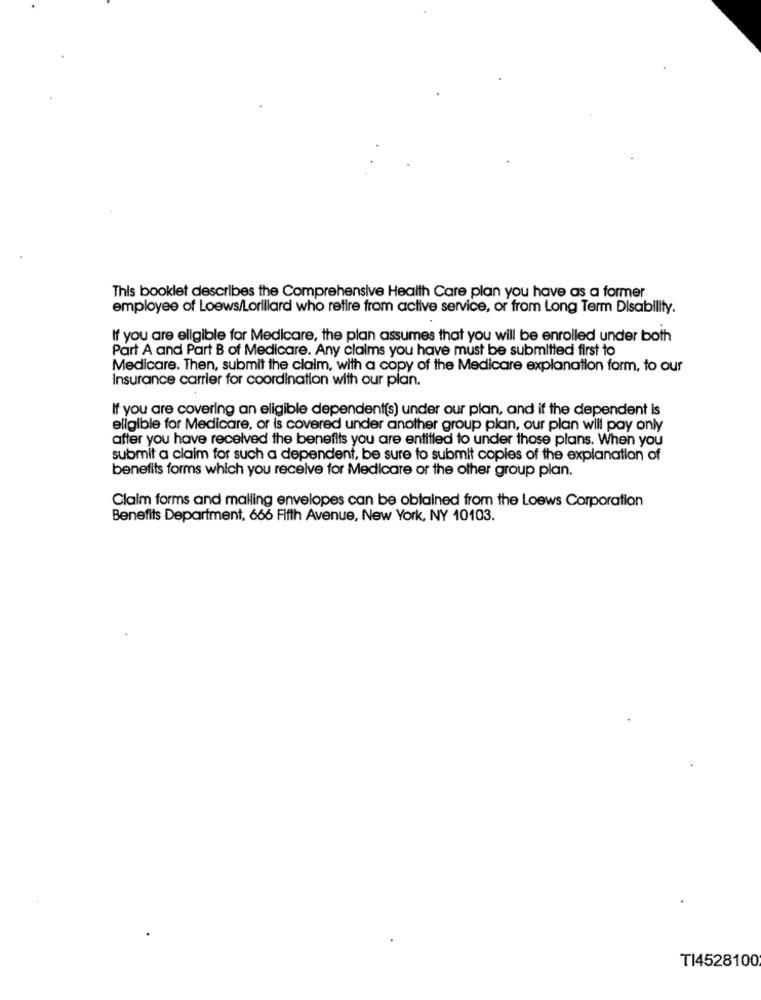
This booklet describes the Comprehensive Health Care plan you have as a former
employee of Loews/Lorillard who retire from active service, or from Long Term Disability.
If you are ellgible for Medicare, the plan assumes that you will be enrolled under both
Part A and Part B of Medicare. Any claims you have must be submitted first to
Medicare. Then, submit the claim, with a copy of the Medicare explanation form, to our
Insurance carrier for coordination with our plan.
If you are covering an eligible dependent(s) under our plan, and if the dependent is
eligible for Medicare, or is covered under another group plan, our plan will pay only
after you have received the benefits you are entitled to under those plans. When you
submit a claim for such a dependent, be sure to submit copies of the explanation of
benefits forms which you receive for Medicare or the other group plan.
Claim forms and malling envelopes can be obtained from the Loews Corporation
Benefits Department, 666 Fifth Avenue, New York, NY 10103.
TI4528100